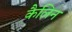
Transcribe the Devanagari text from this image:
कैलिन